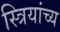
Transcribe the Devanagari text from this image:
स्त्रियांच्य